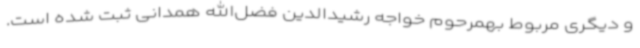
و دیگری مربوط بهمرحوم خواجه رشیدالدین فضل‌الله همدانی ثبت شده است.